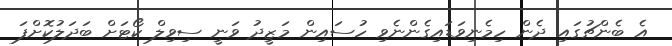
އެ ބެންޗުގައި ދެން ހިމެނިވަޑައިގެންނެވި ހުސައިން މަޒީދު ވަނީ ސިވިލް ކޯޓަށް ބަދަލުކޮށްފަ